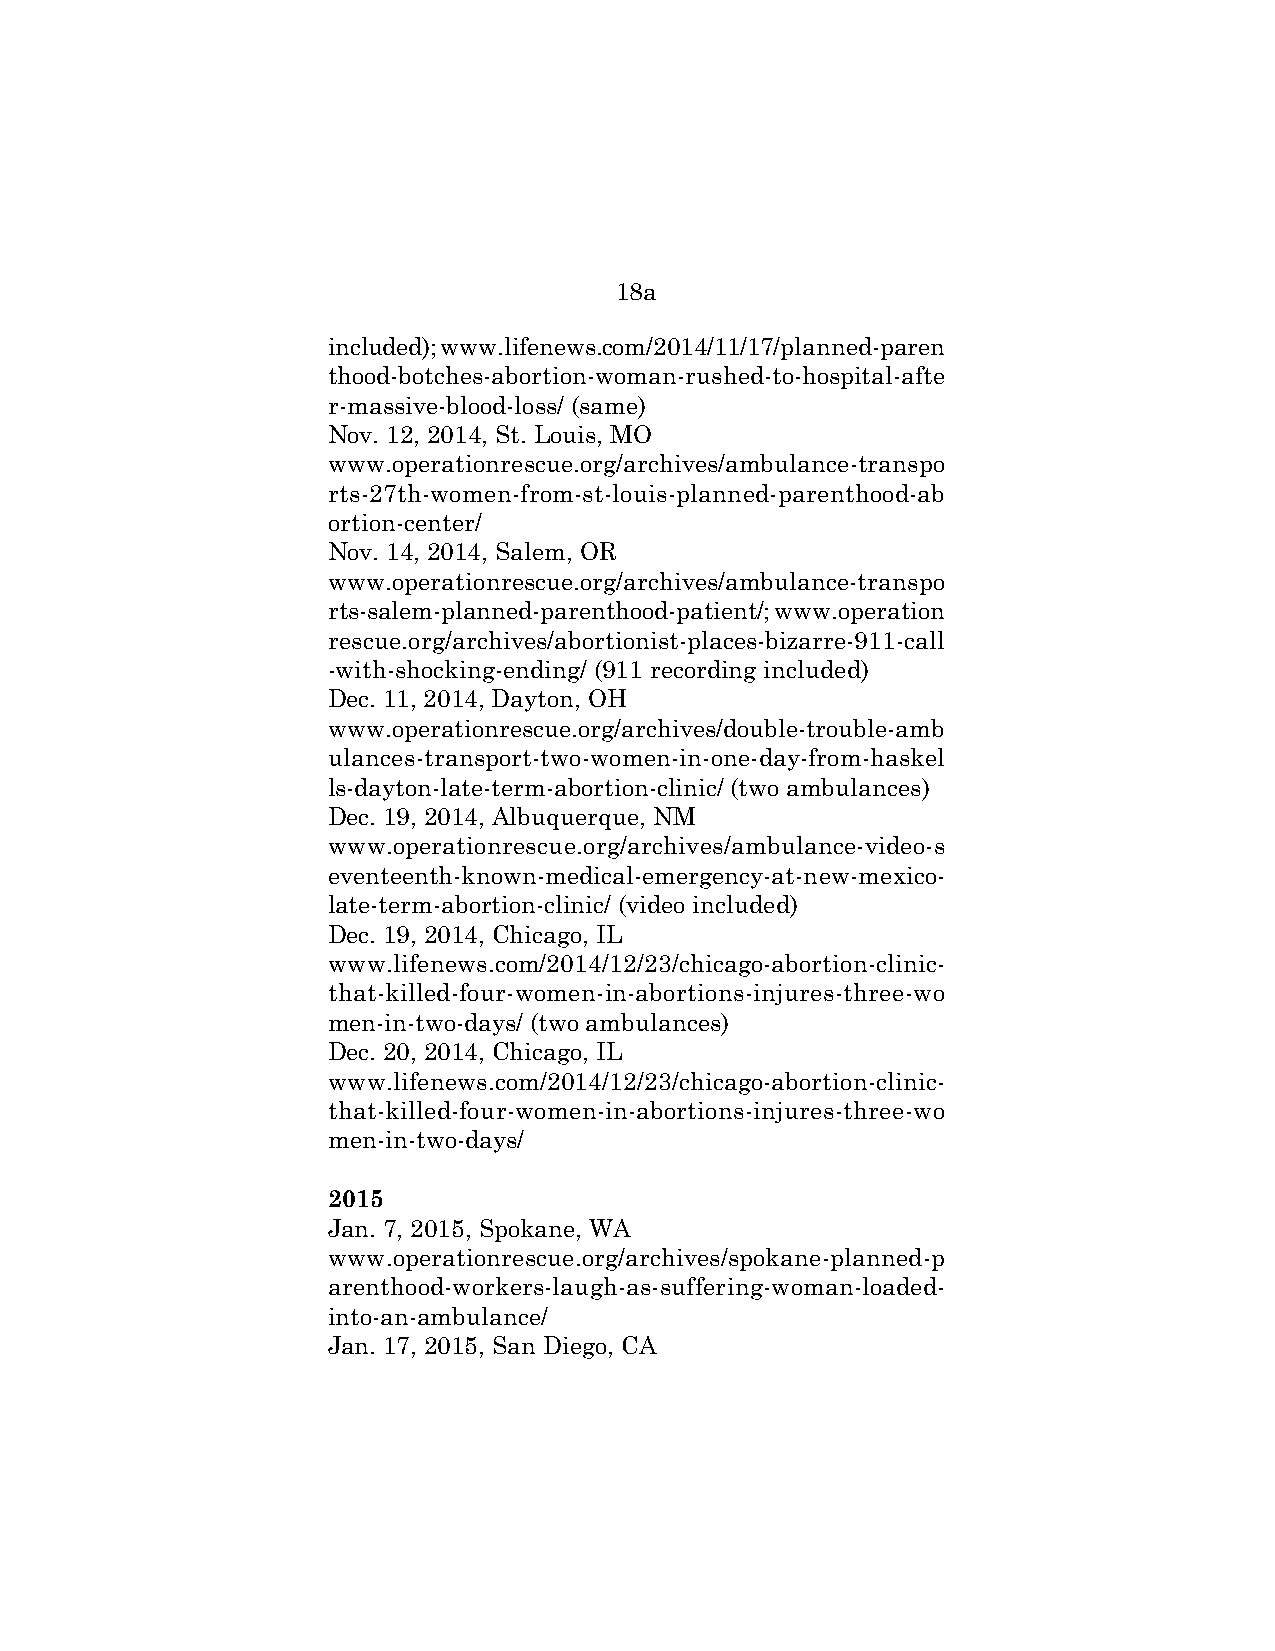
18a
 included); www.lifenews.com/2014/11/17/planned-paren
 thood-botches-abortion-woman-rushed-to-hospital-afte
 r-massive-blood-loss/ (same)
 Nov. 12, 2014, St. Louis, MO
 www.operationrescue.org/archives/ambulance-transpo
 rts-27th-women-from-st-louis-planned-parenthood-ab
 ortion-center/
 Nov. 14, 2014, Salem, OR
 www.operationrescue.org/archives/ambulance-transpo
 rts-salem-planned-parenthood-patient/; www.operation
 rescue.org/archives/abortionist-places-bizarre-911-call
 -with-shocking-ending/ (911 recording included)
 Dec. 11, 2014, Dayton, OH
 www.operationrescue.org/archives/double-trouble-amb
 ulances-transport-two-women-in-one-day-from-haskel
 ls-dayton-late-term-abortion-clinic/ (two ambulances)
 Dec. 19, 2014, Albuquerque, NM
 www.operationrescue.org/archives/ambulance-video-s
 eventeenth-known-medical-emergency-at-new-mexico-
 late-term-abortion-clinic/ (video included)
 Dec. 19, 2014, Chicago, IL
 www.lifenews.com/2014/12/23/chicago-abortion-clinic-
 that-killed-four-women-in-abortions-injures-three-wo
 men-in-two-days/ (two ambulances)
 Dec. 20, 2014, Chicago, IL
 www.lifenews.com/2014/12/23/chicago-abortion-clinic-
 that-killed-four-women-in-abortions-injures-three-wo
 men-in-two-days/
 2015
 Jan. 7, 2015, Spokane, WA
 www.operationrescue.org/archives/spokane-planned-p
 arenthood-workers-laugh-as-suffering-woman-loaded-
 into-an-ambulance/
 Jan. 17, 2015, San Diego, CA